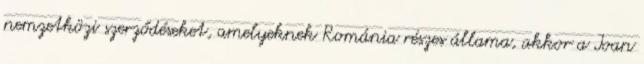
nemzetközi szerződéseket, amelyeknek Románia részes állama, akkor a Ioan